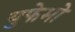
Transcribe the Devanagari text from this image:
युफेमो